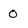
Character: 0